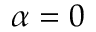
\alpha = 0